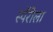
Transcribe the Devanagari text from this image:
स्पॅरोला